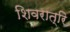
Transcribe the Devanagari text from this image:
शिवरात्रि